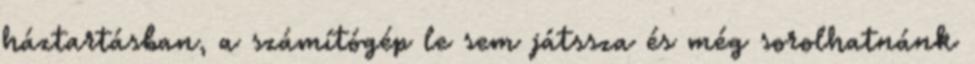
háztartásban, a számítógép le sem játssza és még sorolhatnánk